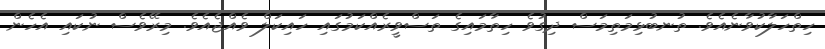
ހިތްހަލާކުވާނެއެވެ. ތުނބުޅިމަތިމަސް ދިގުވެ ހިތާމައިގެ ތަސްވީރެއްކަމުގައި ހައިކަލް ވެއްޖެއެވެ. މިރޭވެސް ނުކައި އެހެން